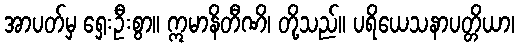
အာပတ်မှ ရှေးဦးစွာ။ ဣမာနိတီဏိ၊ တို့သည်။ ပရိယေသနာပတ္တိယာ၊